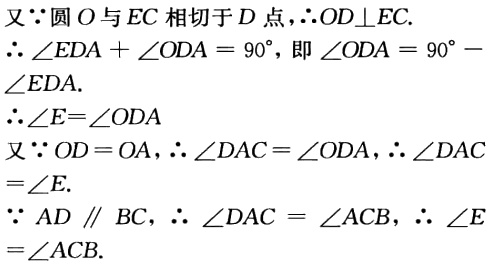
又\(\because\)圆\(O\)与\(EC\)相切于\(D\)点，\(\therefore OD\perp EC\).
\(\therefore \angle EDA+\angle ODA = 90^{\circ}\)，即\(\angle ODA = 90^{\circ}-\angle EDA\).
\(\therefore \angle E=\angle ODA\)
又\(\because OD = OA\)，\(\therefore \angle DAC=\angle ODA\)，\(\therefore \angle DAC=\angle E\).
\(\because AD\parallel BC\)，\(\therefore \angle DAC = \angle ACB\)，\(\therefore \angle E=\angle ACB\).